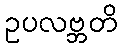
ဥပလဗ္ဘတိ